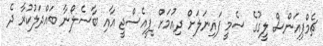
ޗެމްޕިއަންސް ލީގުގެ ސެމީ ފައިނަލަށް ދިއުމަށް ޕީއެސްޖީ އާއި ބާސެލޯނާ ބައްދަލުކުރާ ދެ